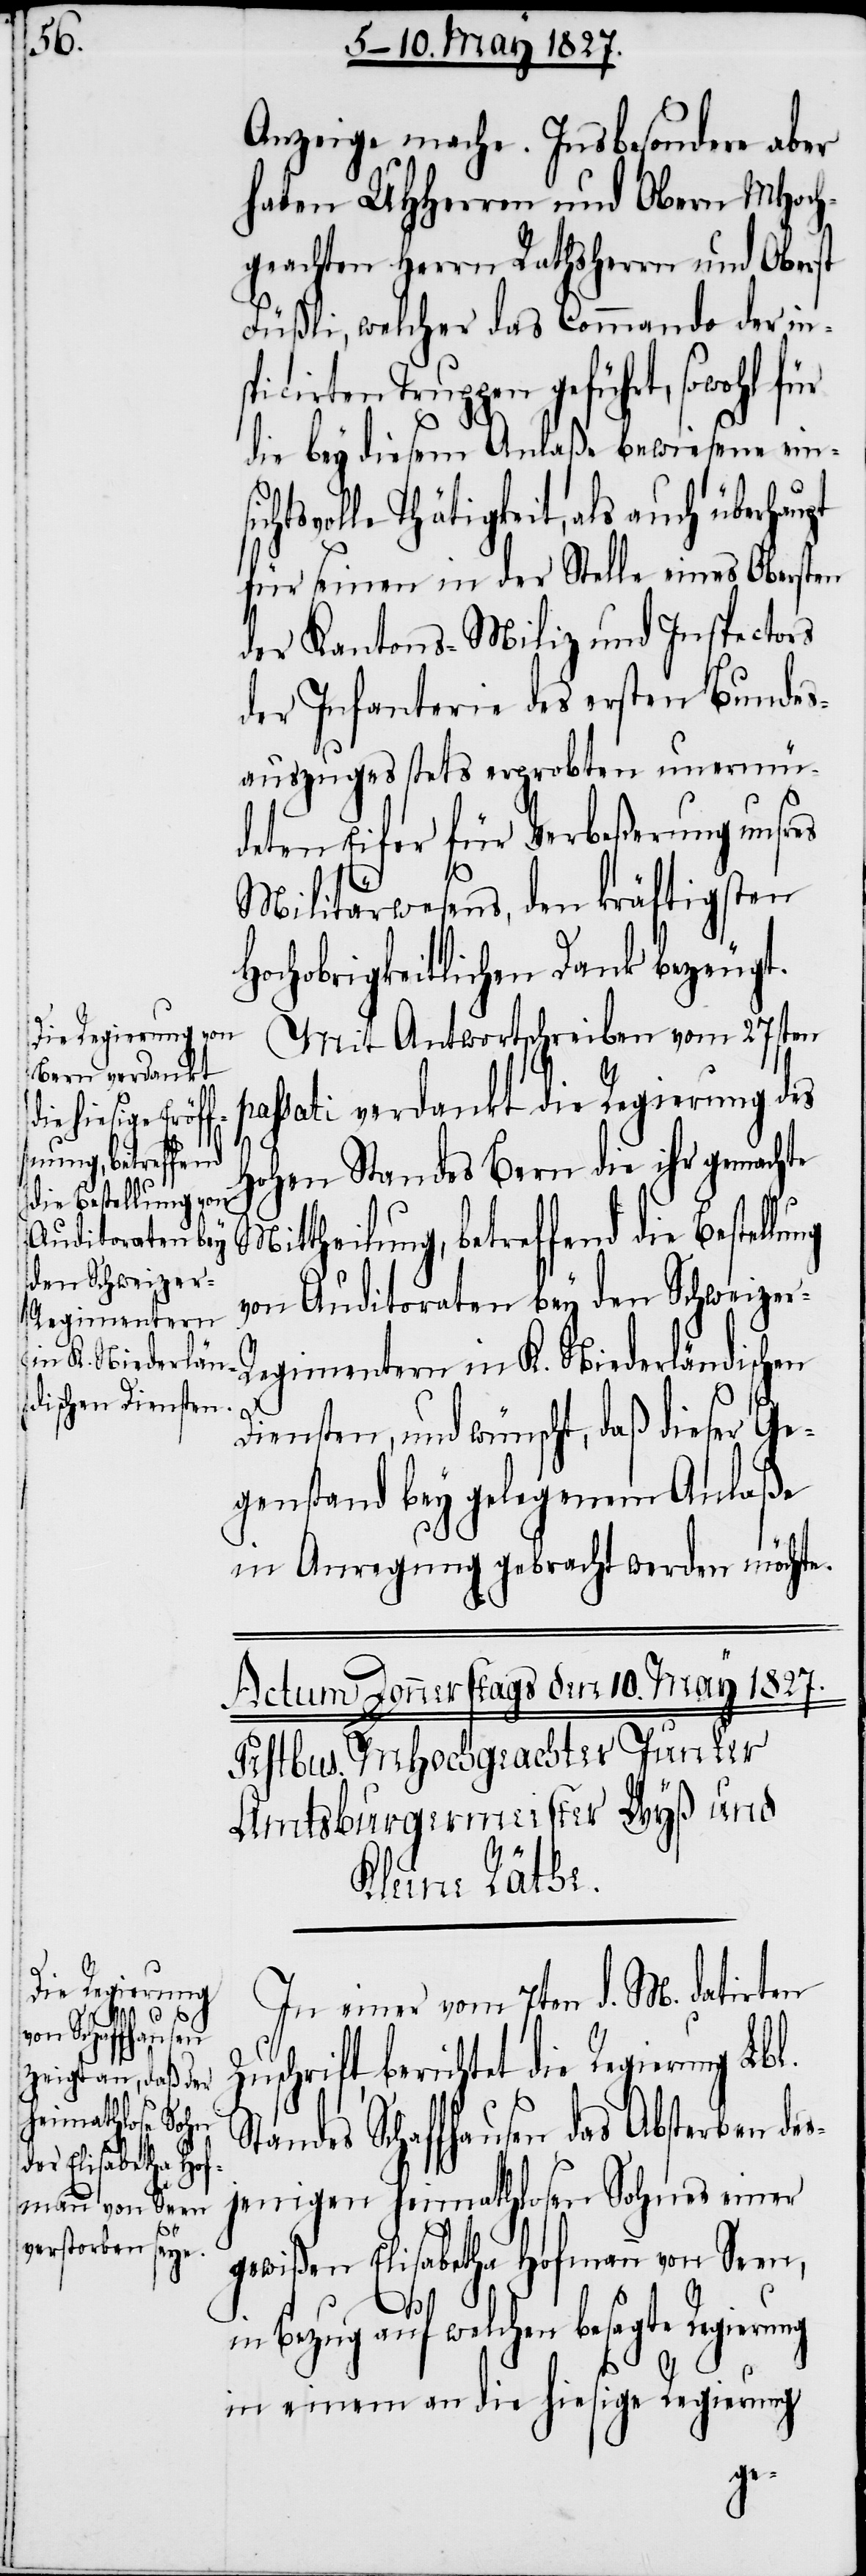
ilung, betreffend
die Bestellung von
Auditoraten bey
den Schweizer-R¬
l.

Anzeige mache. Insbesondere aber
haben UHHerren und Obern MHoch¬
geachten Herrn Rathsherrn und Oberst
Füßli, welcher das Commando der ins¬
picirten Truppen geführt, sowohl für
die bey diesem Anlaße bewiesene ein¬
htsvolle Thätigkeit, als auch überhau¬
für seinen in der Stelle eines Obersten
der Kantons-Miliz und Inspectors
der Infanterie des ersten Bundes¬
auszuges stets erprobten unermü¬
deten Eifer für Verbeßerung unsres
Militärwesens, den kräftigsten
Hochobrigkeitlichen Dank bezeugt.
Mit Antwortschreiben vom 27sten
assati verdankt die Regierung des
Hohen Standes Bern die ihr gemachte
egimentern in K. Niederländischen
Diensten, und wünscht, daß dieser Ge¬
genstand bey gelegenem Anlaße
in Anregung gebracht werden möchte.
Mitthe¬
In einer vom 7ten d. M. datirten
uschrift berichtet die Regierung Lb¬
Standes Schaffhausen das Absterben de¬
jenigen heimathlosen Sohnes einer
gewißen Elisabetha Hofmann von Seen,
sic¬
in Bezug auf welchen besagte Regierung
in einem an die hiesige Regierung
s¬